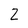
Character: Z